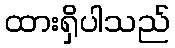
ထားရှိပါသည်